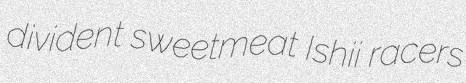
divident sweetmeat Ishii racers